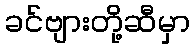
ခင်ဗျားတို့ဆီမှာ